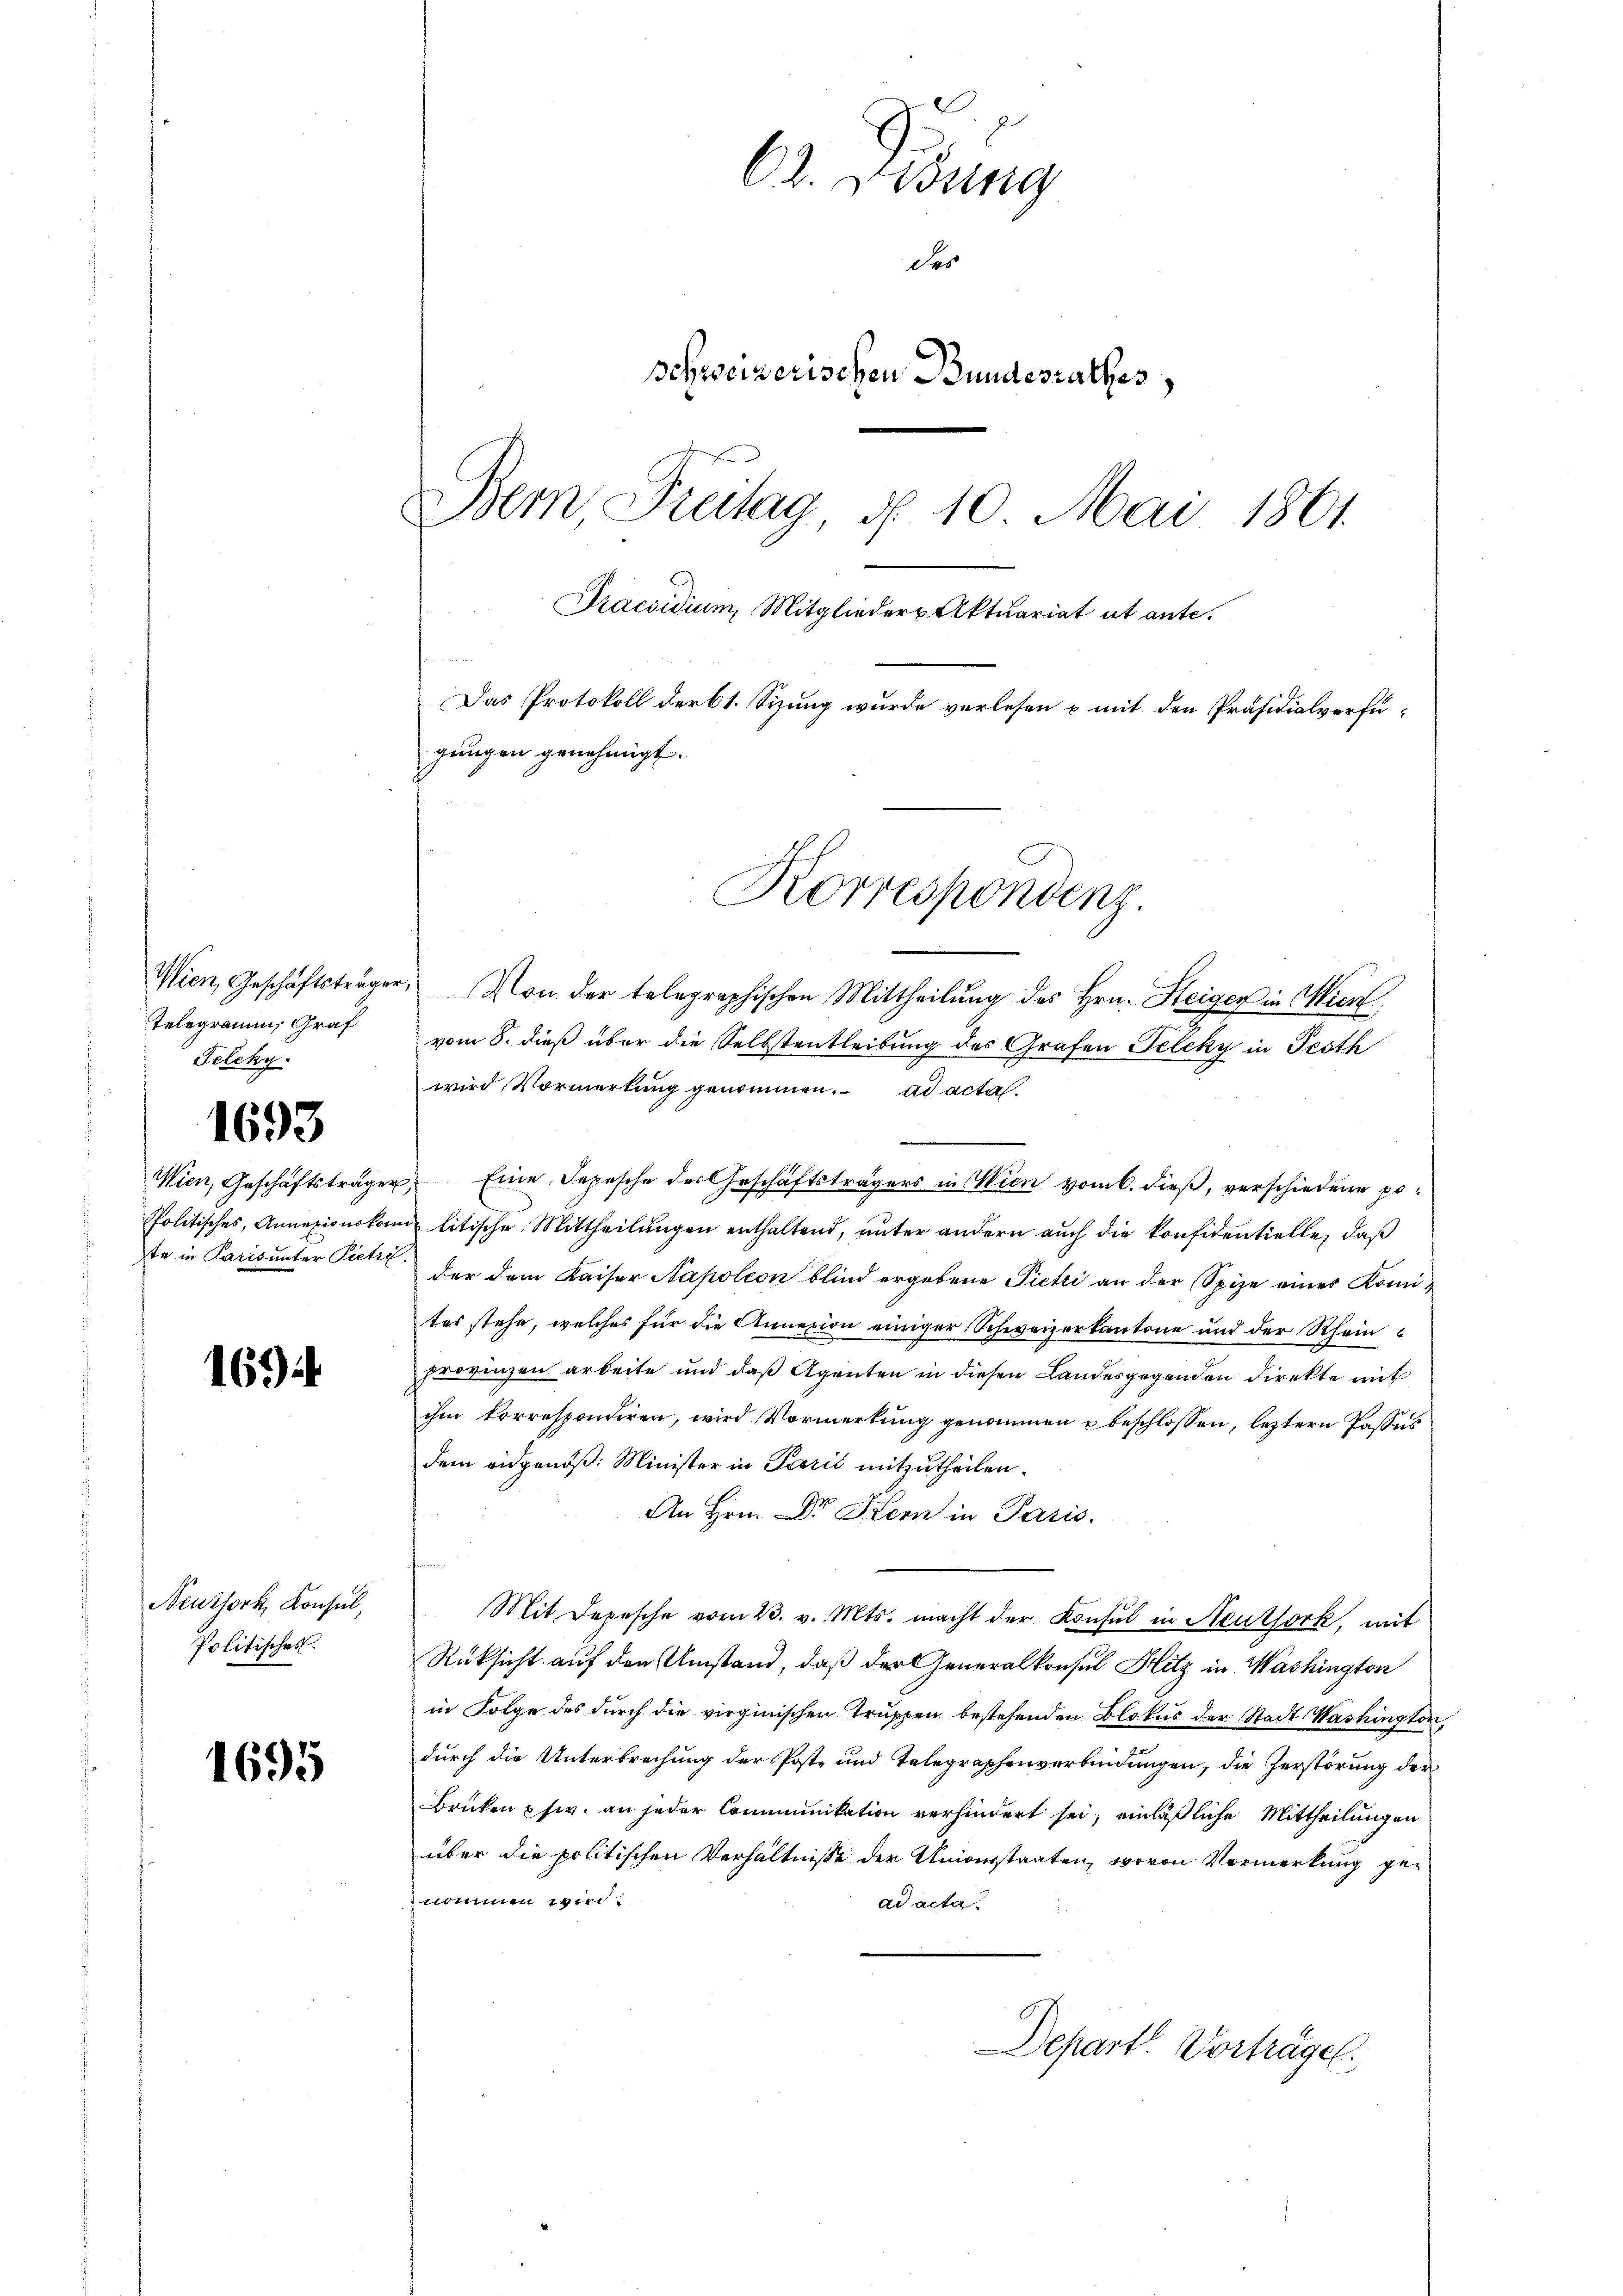
telegramm, Graf
Telcky.

1693

te in Paris unter Pietri

169

Neuthork, Konsul,
Politisches.

1695

C. Gesung
des
Schweizerischen Bundesrathes
Bem, Freitag, § 10. Mai 1861.
Praesidium, Mitglieder Aktuariat ut ante.
Das Protokoll der 61. Sizung wurde verlesen u mit den Präsidialverfügungen genehmigt.

Wien, Geschäftsträger. Von der telegraphischen Mittheilŭng des Hrn. Steiger in Wien
vom 8. dieß über die Selbstentleibung des Grafen Teleky in Pesth
wird Vormerkung genommen. ad acta.
.
Wien, Geschäftsträger Eine Depesche der Geschäftsträgers in Wien vom 6. dieβ, verschiedene po¬
Politisches, Annexionskomit litische Mittheilŭngen enthaltend, ŭnter andern aŭch die konfidentielle, daß
der dem Kaiser Napoleon blind ergebene Pieti an der Spize eines Komites stehe, welches für die Annexion einiger Schweizerkantone und der Rheinprovinzen arbeite und daß Agenten in diesen Landesgegenden Direkte mit
ihm korrespondiren, wird Vormerkung genommen u beschlossen, leztern Passus
dem eidgenöß: Minister in Perić mitzutheilen.
An Hrn. Dr Stern in Paris.
Mit Depesche vom 23. v. Mts. macht der Konsul in Neuthork, mit
Rüksicht auf den Umstand, daß der Generalkonsul Hitz in Washington
in Folge des durch die virginischen Truppen bestehenden Blokus der Stadt Washington,
durch die Unterbrechung der Poste und Telegraphenverbindungen, die Zerstörung der
Brüken usw. an jeder Communikation verhindert sei; einläßliche Mittheilungen
über die politischen Verhältnisse der Universtaaten, wovon Vormerkung genommen wird.
ad acta.

Korrespondenz.

Depart. Vorträge.